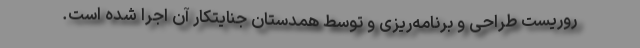
روریست طراحی و برنامه‌ریزی و توسط همدستان جنایتکار آن اجرا شده است.